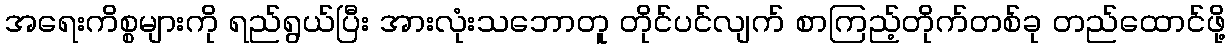
အရေးကိစ္စများကို ရည်ရွယ်ပြီး အားလုံးသဘောတူ တိုင်ပင်လျက် စာကြည့်တိုက်တစ်ခု တည်ထောင်ဖို့